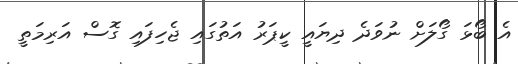
އެ ބޯޅަ ގޯލަށް ނުވަދެ ދިޔައީ ކީޕަރު އަތުގައި ޖެހިފައި ގޮސް އަރިމަތީ